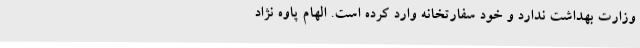
وزارت بهداشت ندارد و خود سفارتخانه وارد کرده است. الهام پاوه نژاد